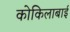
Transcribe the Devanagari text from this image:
कोकिलाबाई